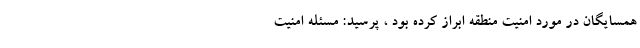
همسایگان در مورد امنیت منطقه ابراز کرده بود ، پرسید: مسئله امنیت